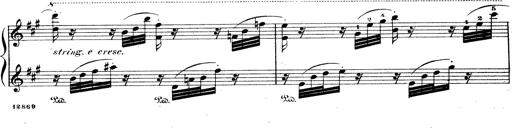
Title: Wagner-Liszt Album
Composer: Franz Liszt